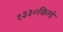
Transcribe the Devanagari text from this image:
१३३०किलो